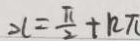
x = \frac { \pi } { 2 } + n \pi